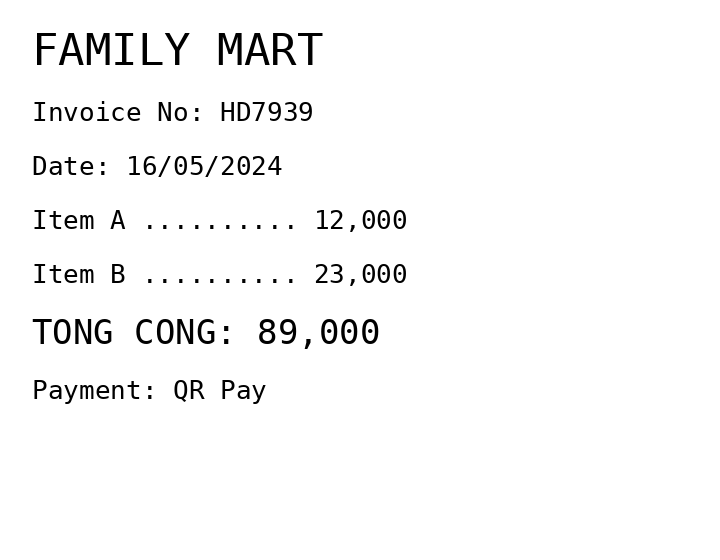
FAMILY MART
Invoice No: HD7939
Date: 16/05/2024
Item A .......... 12,000
Item B .......... 23,000
TONG CONG: 89,000
Payment: QR Pay
Merchant: family mart
Date: 2024-05-16
Total: 89000
Invoice No: HD7939
Payment method: QR